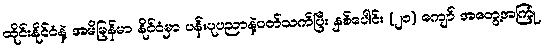
ထိုင်းနိုင်ငံနဲ့ အမိမြန်မာ နိုင်ငံမှာ ပန်းပုပညာနဲ့ပတ်သက်ပြီး နှစ်ပေါင်း (၂၀) ကျော် အတွေ့အကြုံ